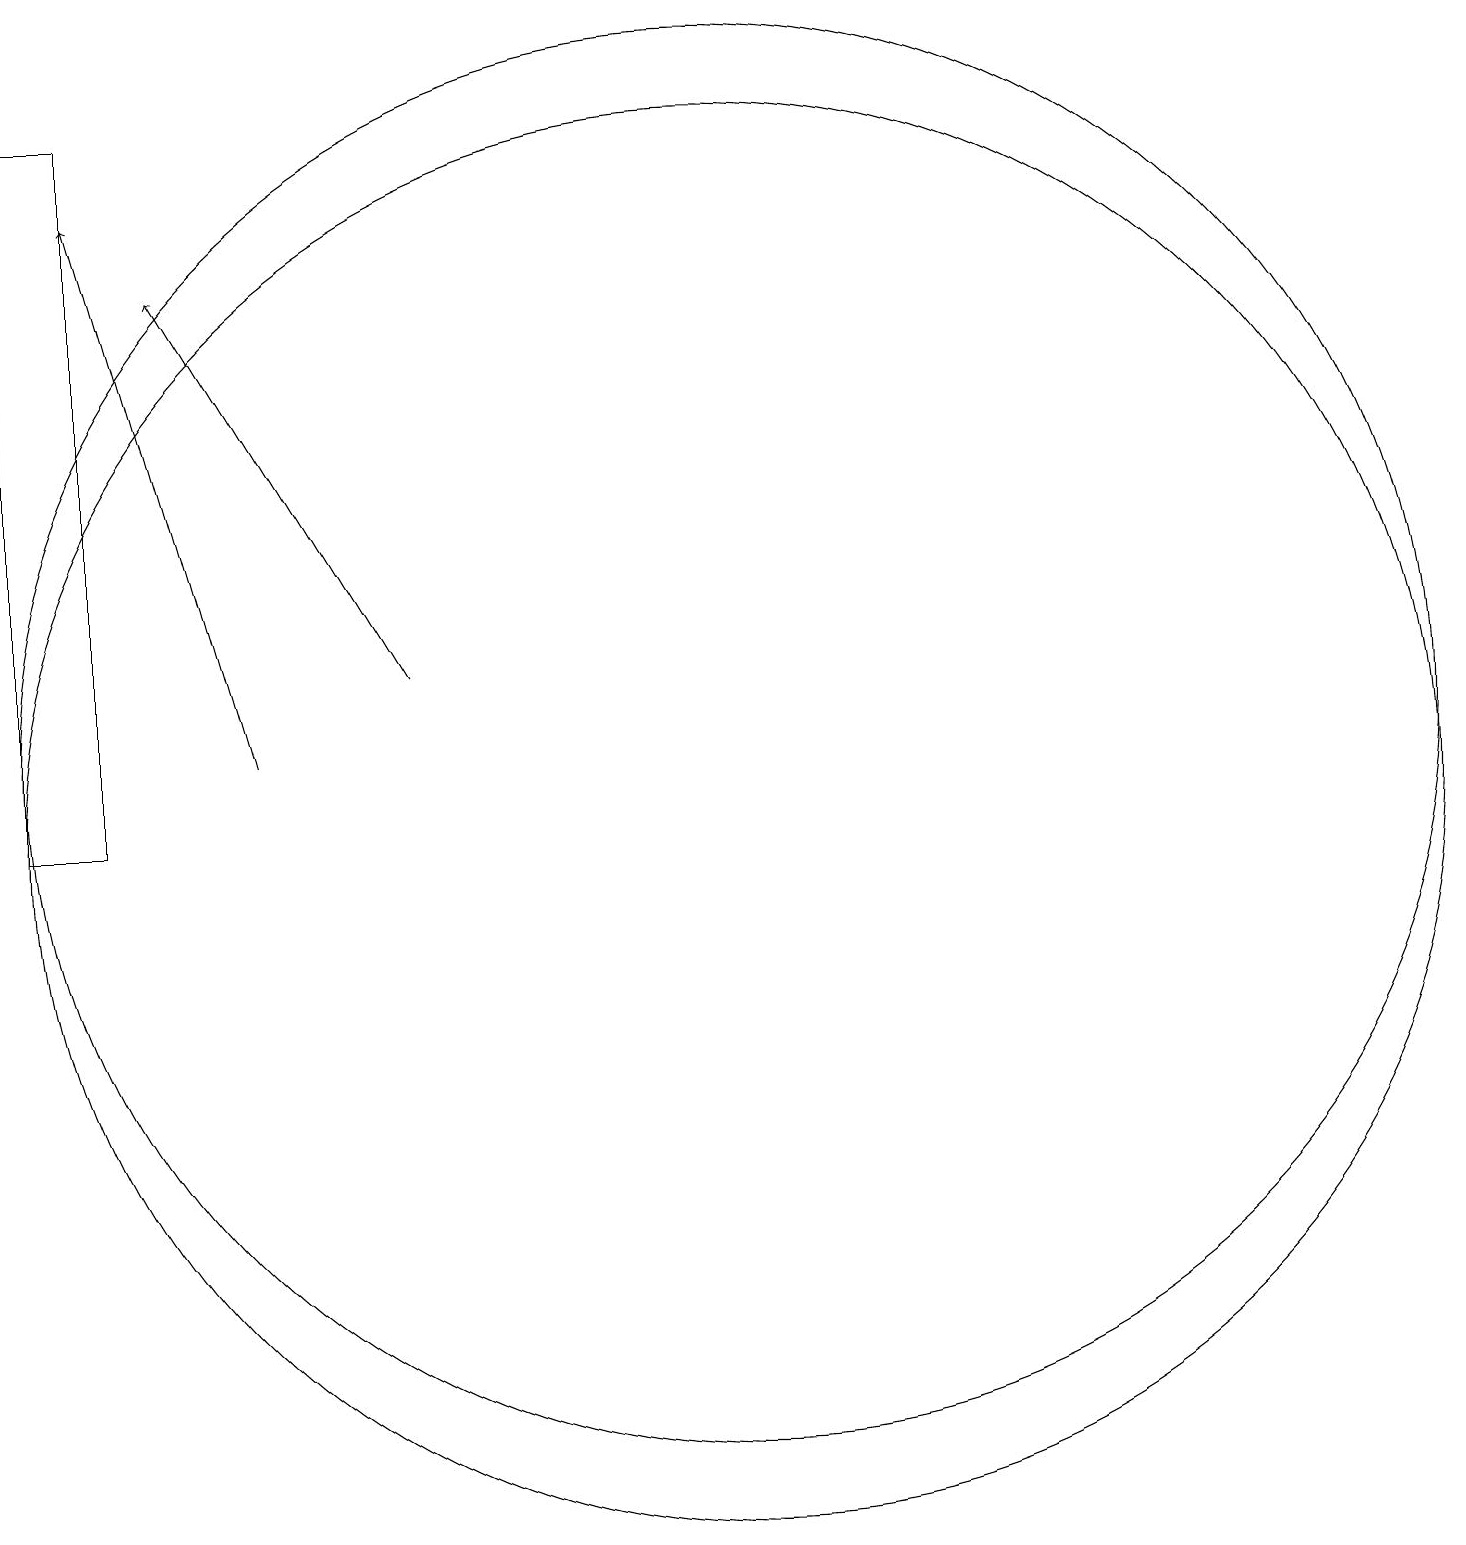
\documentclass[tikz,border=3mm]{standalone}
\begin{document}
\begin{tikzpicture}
\draw (3,19) rectangle (2,10);
\draw (11,11) circle (9);
\draw[->] (7,12) -- (4,17);
\draw (11,10) circle (9);
\draw[->] (5,11) -- (3,18);
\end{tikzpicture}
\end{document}